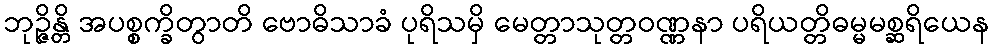
ဘုဉ္ဇိန္တိ အပစ္စက္ခိတွာတိ ဗောဓိသာခံ ပုရိသမှိ မေတ္တာသုတ္တဝဏ္ဏနာ ပရိယတ္တိဓမ္မမစ္ဆရိယေန